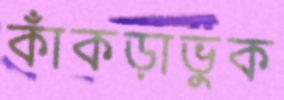
কাঁকড়াভুক